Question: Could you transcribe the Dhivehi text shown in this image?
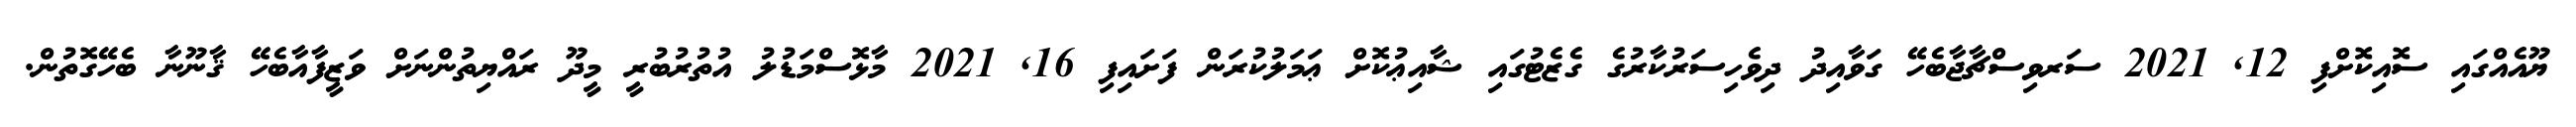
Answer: ޔޫއެއްގައި ސޮއިކޮށްފި 12, 2021 ސަރވިސްޗާޖާބެހޭ ގަވާއިދު ދިވެހިސަރުކާރުގެ ގެޒެޓުގައި ޝާއިޢުކޮށް ޢަމަލުކުރަން ފަށައިފި 16, 2021 މާޅޮސްމަޑުލު އުތުރުބުރީ މީދޫ ރައްޔިތުންނަށް ވަޒީފާއާބެހޭ ޤާނޫނާ ބެހޭގޮތުން.